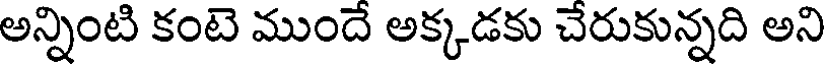
అన్నింటి కంటె ముందే అక్కడకు చేరుకున్నది అని